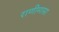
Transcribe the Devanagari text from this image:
राणीमासा